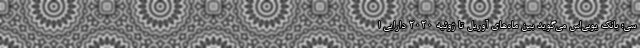
سی؛ بانک یوبی‌اس می‌گوید بین ماه‌های آوریل تا ژوئیه ۲۰۲۰ دارایی ا